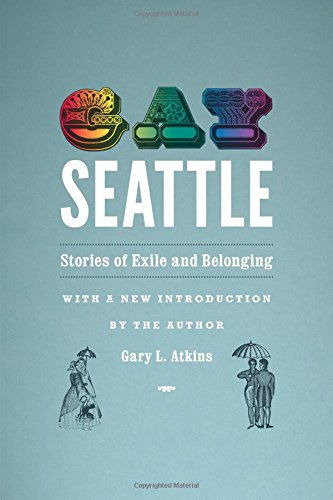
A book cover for Gay Seattle: Stories of Exile and Belonging; Gary Atkins; Law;